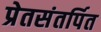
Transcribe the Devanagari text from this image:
प्रेतसंतर्पित